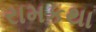
રામકથા